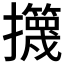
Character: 𱡎